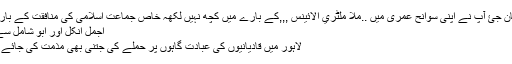
میرا پاکستان جئ آپ نے اپنی سوانح عمری میں ..ملا ملٹري الائینس ,,,کے بارے میں کچھ نہیں لکھہ خاص جماعت اسلامی کی منافقت کے بارے میں…
اجمل انکل اور ابو شامل سے معزرت
لاہور میں قادیانیوں کی عبادت گاہوں پر حملے کی جتنی بھی مذمت کی جائے وہ کم ہے۔